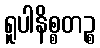
ရူပါနိစ္စတဉ္စ